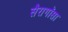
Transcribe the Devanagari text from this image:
सैरागॉसा